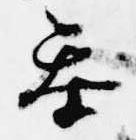
参